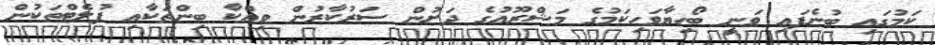
ކަމުގައި ބުނެފައި ވަނީ ބޯހިޔާވަހިކަމުގެ މަޝްރޫއުގެ ދަށުން ސަރުކާރުން ވިއްކާ ބިންތަކާއި ފުލެޓްތަކުން